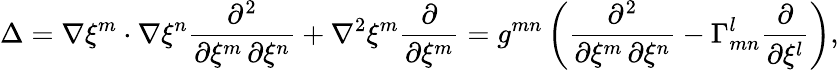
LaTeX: \Delta=\nabla\xi^{m}\cdot\nabla\xi^{n}{\frac{\partial^{2}}{\partial\xi^{m}\, \partial\xi^{n}}}+\nabla^{2}\xi^{m}{\frac{\partial}{\partial\xi^{m}}}=g^{mn}\left({\frac{\partial^{2}}{\partial\xi^{m}\, \partial\xi^{n}}}-\Gamma_{mn}^{l}{\frac{\partial}{\partial\xi^{l}}}\right),